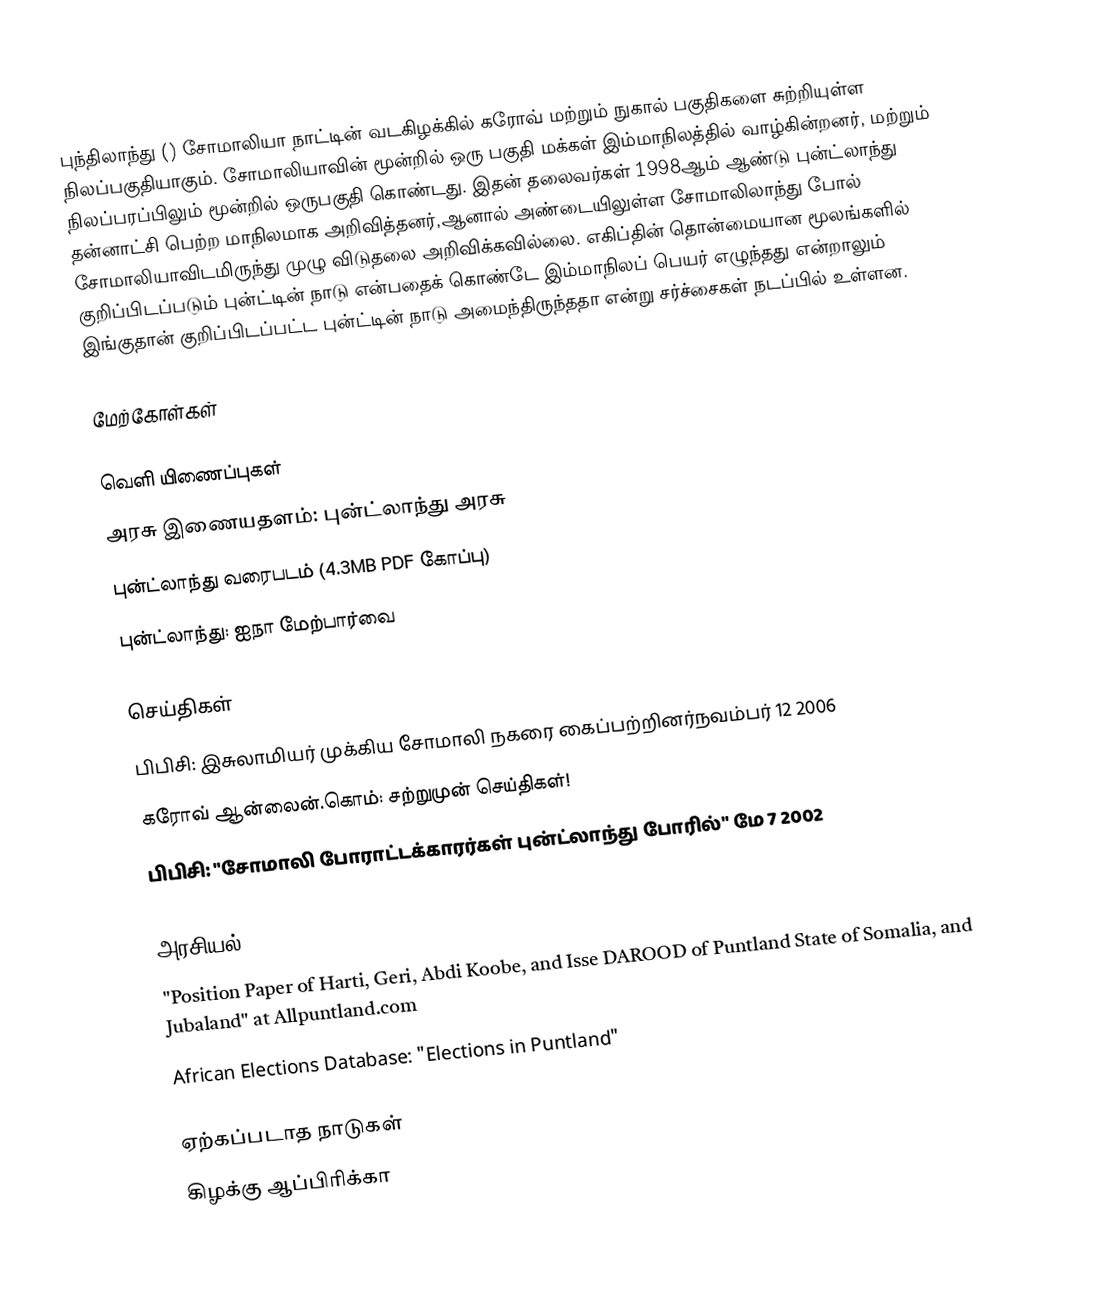
புந்திலாந்து () சோமாலியா நாட்டின் வடகிழக்கில் கரோவ் மற்றும் நுகால் பகுதிகளை சுற்றியுள்ள நிலப்பகுதியாகும். சோமாலியாவின் மூன்றில் ஒரு பகுதி மக்கள் இம்மாநிலத்தில் வாழ்கின்றனர், மற்றும் நிலப்பரப்பிலும் மூன்றில் ஒருபகுதி கொண்டது. இதன் தலைவர்கள் 1998ஆம் ஆண்டு புன்ட்லாந்து தன்னாட்சி பெற்ற மாநிலமாக அறிவித்தனர்,ஆனால் அண்டையிலுள்ள சோமாலிலாந்து போல் சோமாலியாவிடமிருந்து முழு விடுதலை அறிவிக்கவில்லை. எகிப்தின் தொன்மையான மூலங்களில் குறிப்பிடப்படும் புன்ட்டின் நாடு என்பதைக் கொண்டே இம்மாநிலப் பெயர் எழுந்தது என்றாலும் இங்குதான் குறிப்பிடப்பட்ட புன்ட்டின் நாடு அமைந்திருந்ததா என்று சர்ச்சைகள் நடப்பில் உள்ளன.

மேற்கோள்கள்

வெளி யிணைப்புகள்
 அரசு இணையதளம்: புன்ட்லாந்து அரசு
 புன்ட்லாந்து வரைபடம்  (4.3MB PDF கோப்பு)
 புன்ட்லாந்து: ஐநா மேற்பார்வை

செய்திகள்
 பிபிசி: இசுலாமியர் முக்கிய சோமாலி நகரை கைப்பற்றினர்நவம்பர் 12 2006
 கரோவ் ஆன்லைன்.கொம்: சற்றுமுன் செய்திகள்!
 பிபிசி: "சோமாலி போராட்டக்காரர்கள் புன்ட்லாந்து போரில்" மே 7 2002

அரசியல்
 "Position Paper of Harti, Geri, Abdi Koobe, and Isse DAROOD of Puntland State of Somalia, and Jubaland" at Allpuntland.com
 African Elections Database: "Elections in Puntland"

ஏற்கப்படாத நாடுகள்
கிழக்கு ஆப்பிரிக்கா